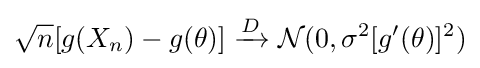
{{\sqrt {n}}[g(X_{n})-g(\theta )]\xrightarrow {D} {\mathcal {N}}(0,\sigma ^{2}[g'(\theta )]^{2})}